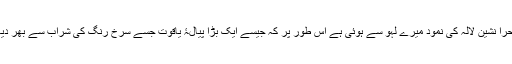
(2) صحرا نشین لالہ کی نمود میرے لہو سے ہوئی ہے اس طور پر کہ جیسے ایک بڑا پیالۂ یاقوت جسے سرخ رنگ کی شراب سے بھر دیا گیا ہو۔